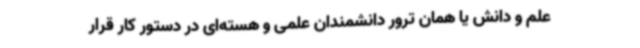
علم و دانش یا همان ترور دانشمندان علمی و هسته‌ای در دستور کار قرار